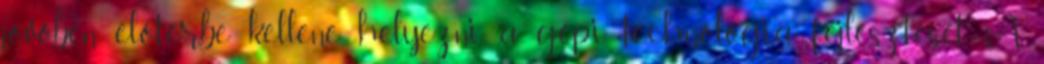
jövőben előtérbe kellene helyezni a gépi technológia fejlesztését. A